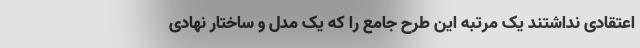
اعتقادی نداشتند یک مرتبه این طرح جامع را که یک مدل و ساختار نهادی